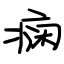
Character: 痫